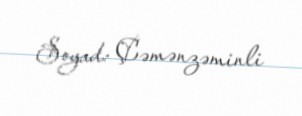
Soyad: Çəmənzəminli